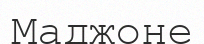
Маджоне